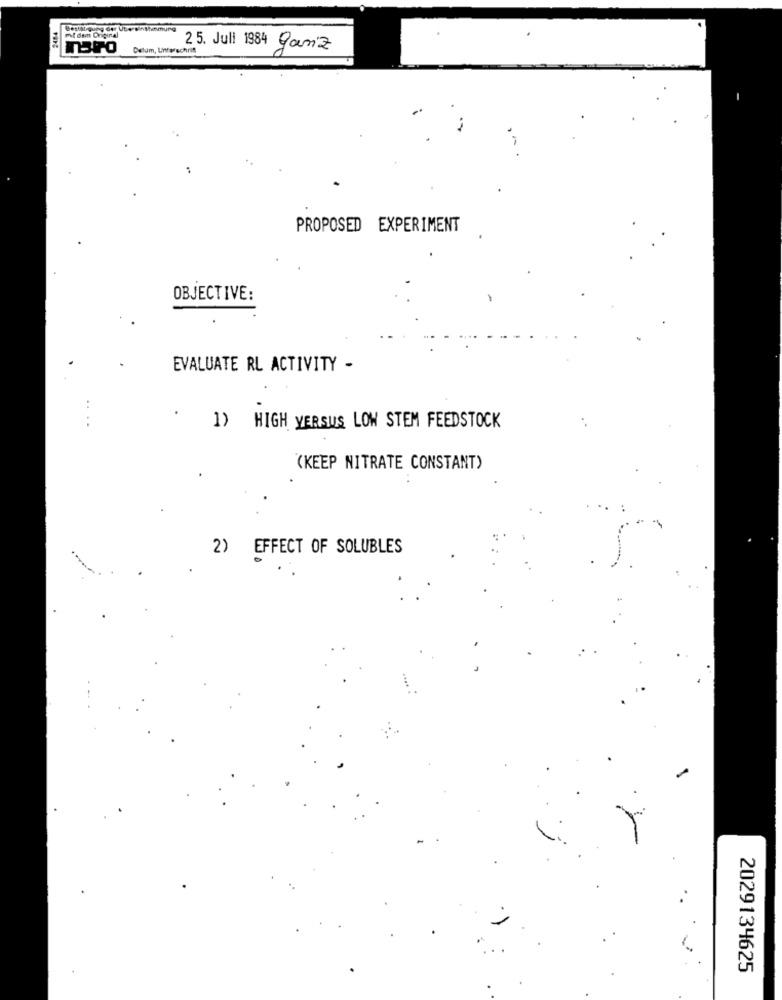
Bestalguog der Ute sinthimmung
mit dem Original
Datum, Unterschrift
25. Juli 1984 Ganz
PROPOSED EXPERIMENT
OBJECTIVE:
EVALUATE RL ACTIVITY -
1) HIGH VERSUS LOW STEM FEEDSTOCK
(KEEP NITRATE CONSTANT)
2)
EFFECT OF SOLUBLES
2029134625